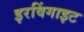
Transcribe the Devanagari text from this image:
इरविंगाइट